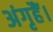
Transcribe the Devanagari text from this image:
अंगृहैं।